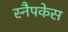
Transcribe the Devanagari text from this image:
स्नैपकेस